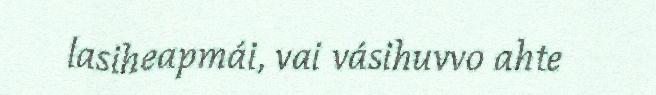
lasiheapmái, vai vásihuvvo ahte